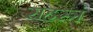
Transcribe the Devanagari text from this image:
सहस्त्रं